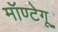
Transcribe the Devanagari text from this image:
मॉण्टेगू